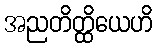
အညတိတ္ထိယေဟိ